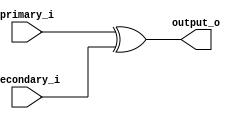
module xor64 (
	input [63:0] primary_i,
  input [63:0] secondary_i,

	output [63:0] output_o
);

assign output_o = primary_i ^ secondary_i;

endmodule